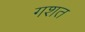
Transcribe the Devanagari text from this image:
गशत